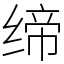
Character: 缔